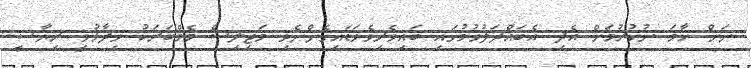
ނަން ހާމަ ނުކުރުމަށް އެދި އެބައްދަލުވުމުގައި ބައިވެރިވެވަޑައިގެންނެވި މަޖިލިސް މެމްބަރަކު ވިދާޅުވީ ރިޔާސީ